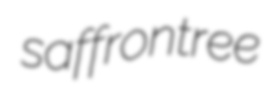
saffrontree